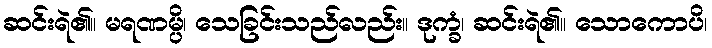
ဆင်းရဲ၏။ မရဏမ္ပိ၊ သေခြင်းသည်လည်း။ ဒုက္ခံ၊ ဆင်းရဲ၏။ သောကောပိ၊